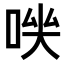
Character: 𠴃